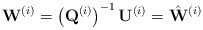
\begin{align*}\mathbf{W}^{\left(i\right)}=\left(\mathbf{Q}^{\left(i\right)}\right)^{-1}\mathbf{U}^{\left(i\right)}=\hat{\mathbf{W}}^{\left(i\right)}\end{align*}